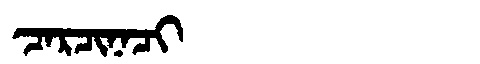
Manchu: ᠴᠠᡵᠴᡳᠨᠠᠴᡳ
Romanization: CARCINACI